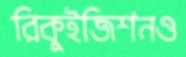
রিকুইজিশনও